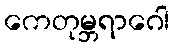
ကေတုမ္ဘရာဂေါ